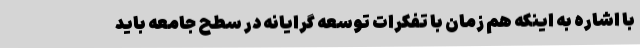
با اشاره به اینکه هم زمان با تفکرات توسعه گرایانه در سطح جامعه باید